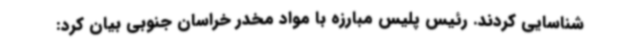
شناسایی کردند. رئیس پلیس مبارزه با مواد مخدر خراسان جنوبی بیان کرد: